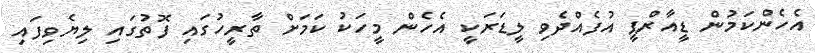
އެހެންކަމުން ޑީއާރްޕީ އުފެއްދެވި ލީޑަރަކީ އެހެން މީހަކު ކަމަށް ތާރީހުގައި ފޮތުގައި ލިޔެވިފައި